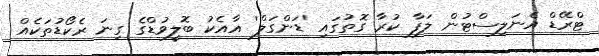
ޓްރޭޑް އެނަލިސްޓުން ލަފާ ކުރާ ގޮތުގައި 'ޑަންގަލް' އާއެކު ބޮލީވުޑްގެ ގިނަ ރެކޯޑުތަކެއް